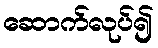
ဆောက်လုပ်၍